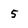
Character: 5